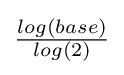
{\textstyle {\frac {log(base)}{log(2)}}}